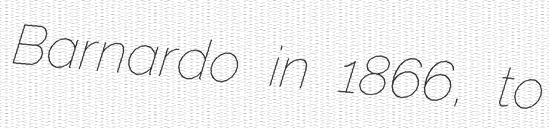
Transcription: Barnardo in 1866, to